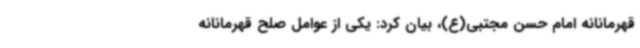
قهرمانانه امام حسن مجتبی(ع)، بیان کرد: یکی از عوامل صلح قهرمانانه